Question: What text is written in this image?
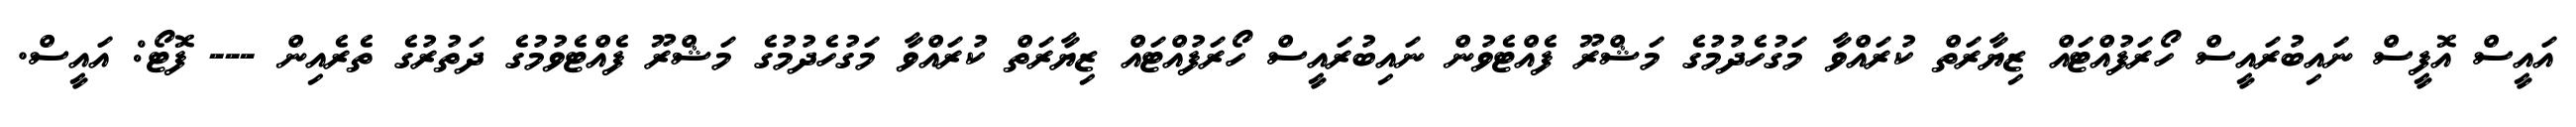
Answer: އައީސް އޮފީސް ނައިބުރައީސް ހޯރަފުއްޓައް ޒިޔާރަތް ކުރައްވާ މަގުހެދުމުގެ މަޝްރޫ ފެއްޓެވުން ނައިބުރައީސް ހޯރަފުއްޓައް ޒިޔާރަތް ކުރައްވާ މަގުހެދުމުގެ މަޝްރޫ ފެއްޓެވުމުގެ ދަތުރުގެ ތެރެއިން --- ފޮޓޯ: އައީސް.